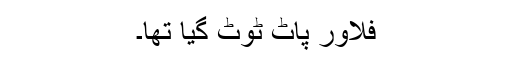
فلاور پاٹ ٹوٹ گیا تھا۔